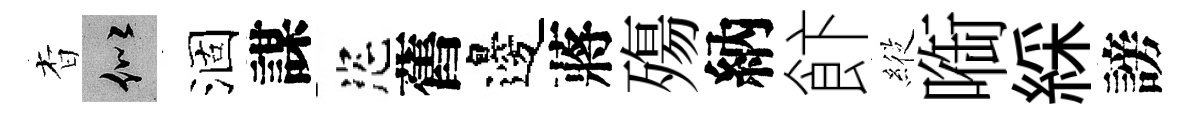
杳似涸謀恣舊邊蔣殤納飰𦂵㗸綵謗